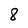
Character: 8